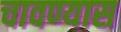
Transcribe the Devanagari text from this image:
चावण्यास